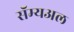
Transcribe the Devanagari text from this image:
सॅम्यअल